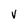
Character: V